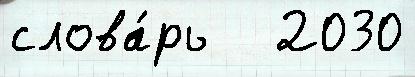
слова́рь   2030